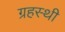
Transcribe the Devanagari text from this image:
ग्रहस्थी